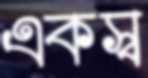
একস্ব